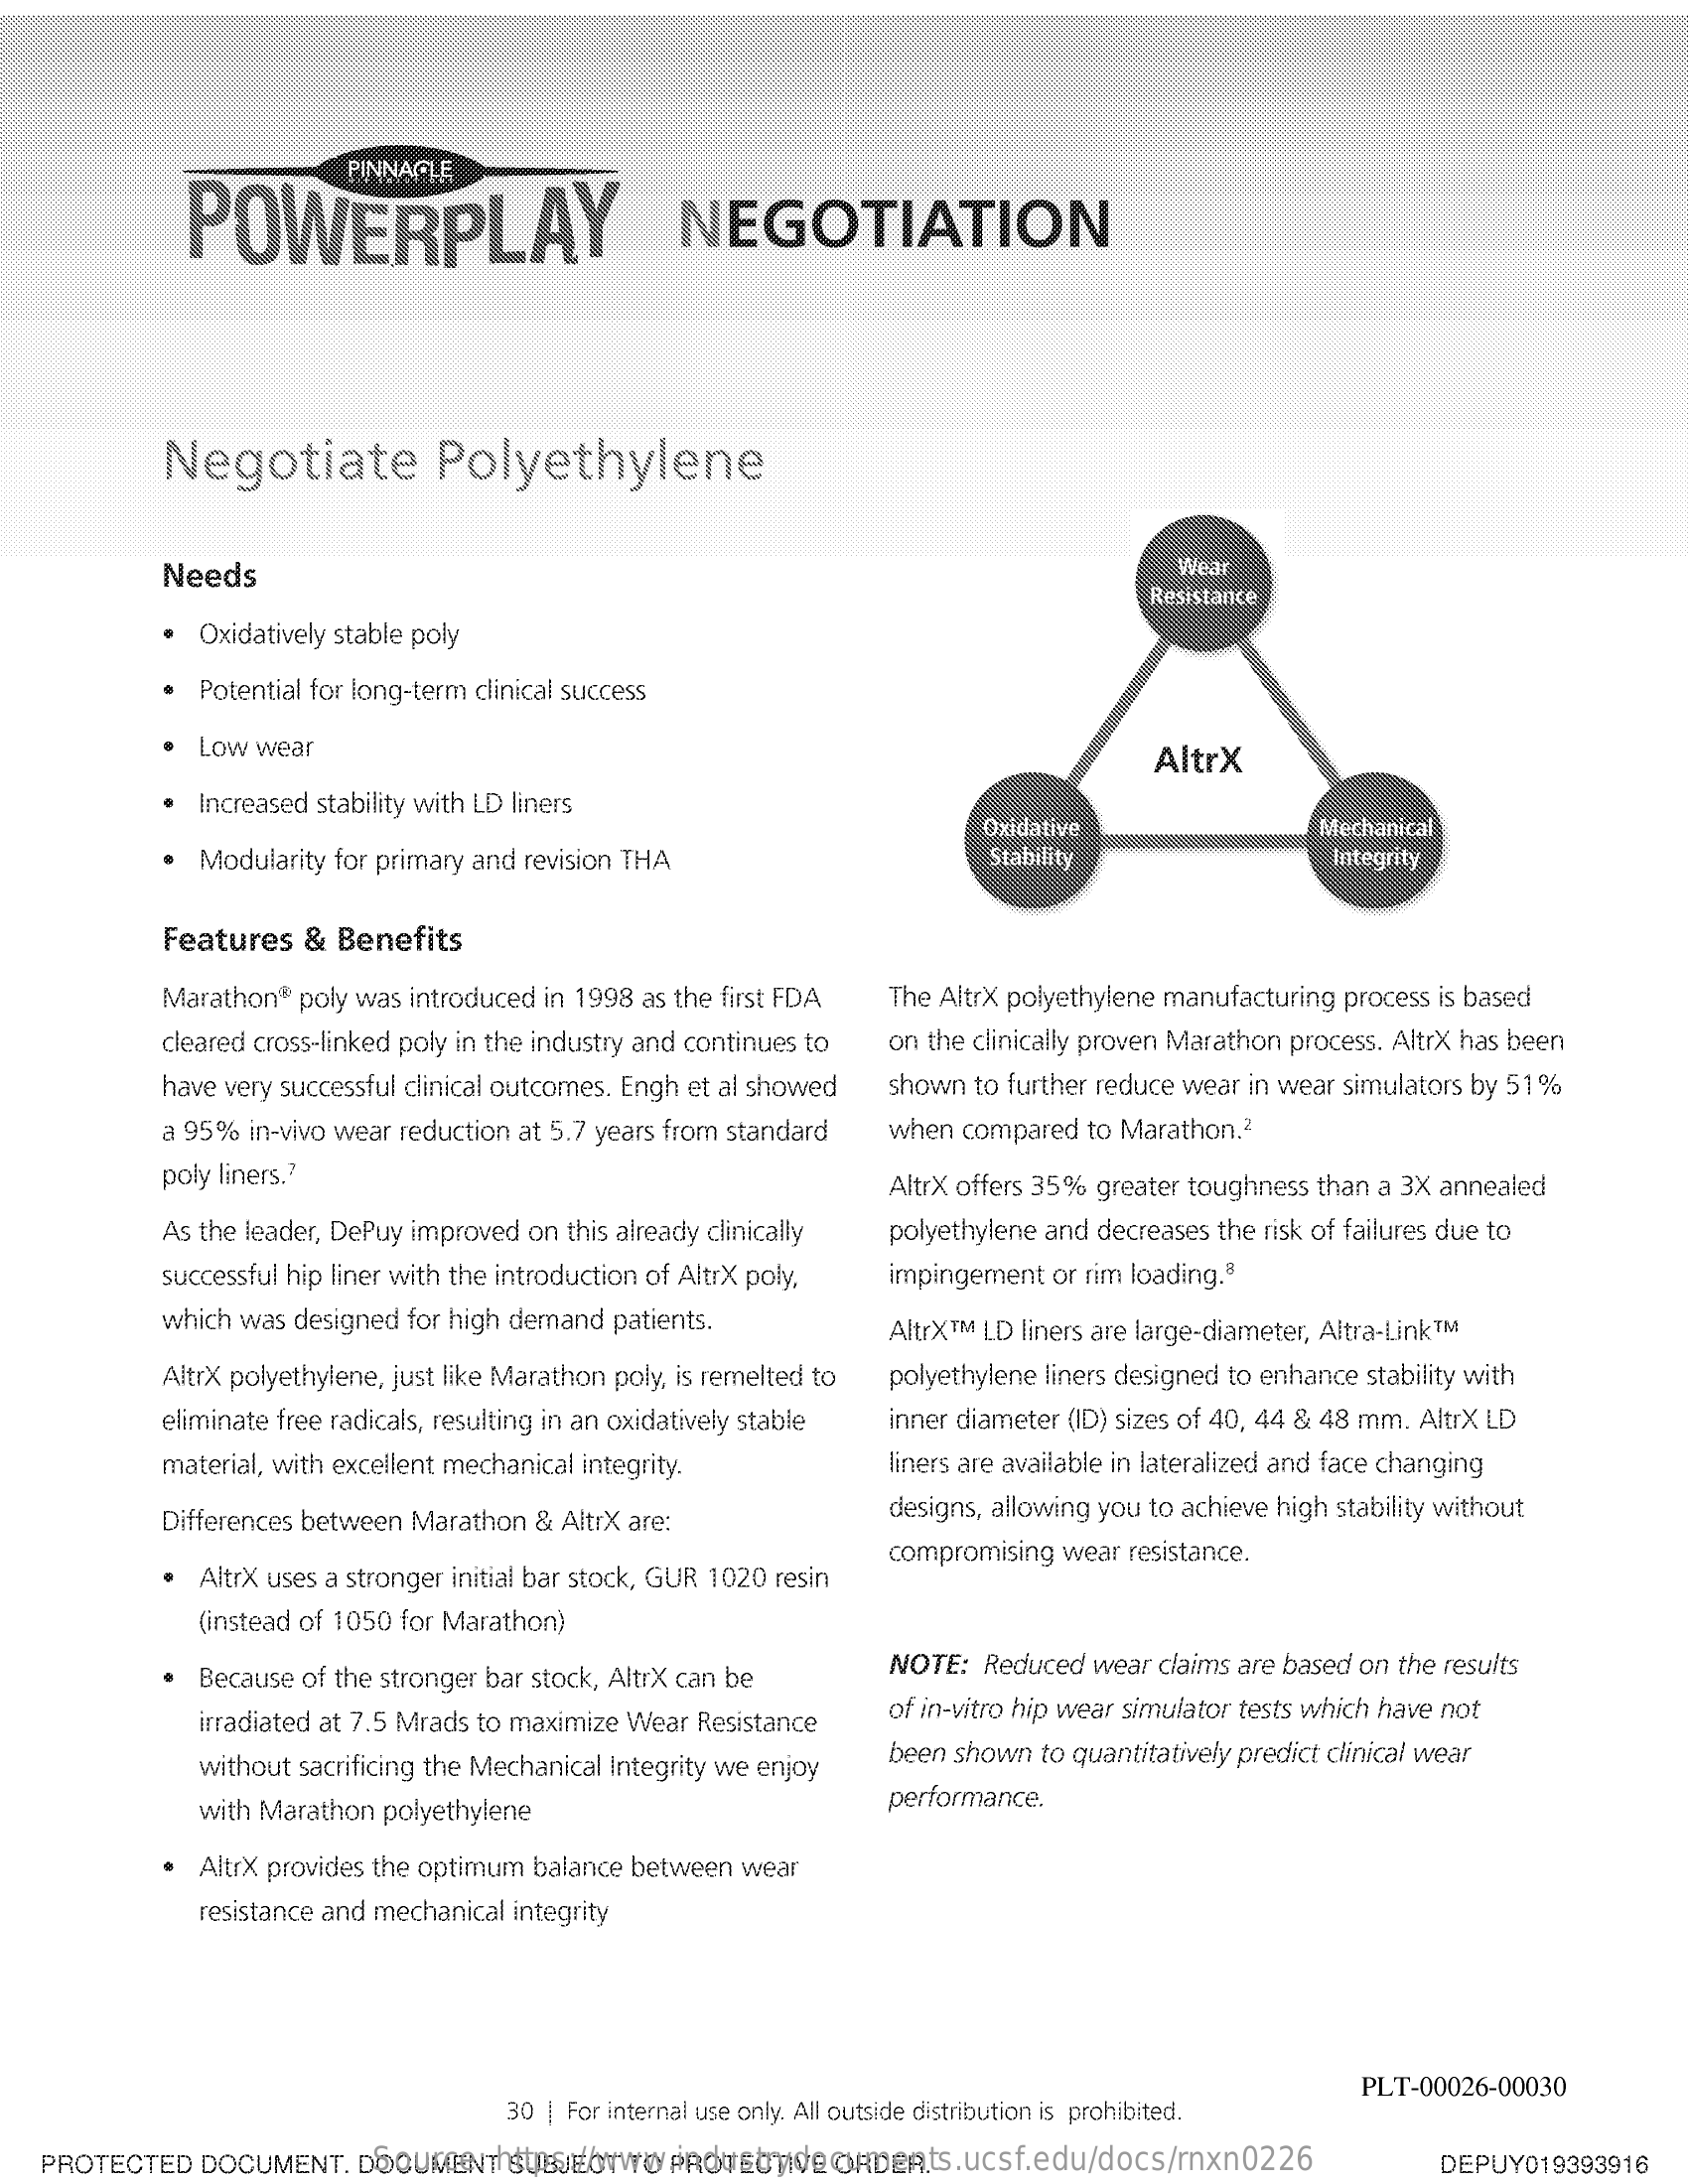
PINNACLE
     POWERPLAY    NEGOTIATION
     Negotiate    Polyethylene
     Needs    Wear
     Resistance
     · Oxidatively stable poly
     Potential for long-term clinical success
     · Low  wear    AltrX
     Increased stability with LD liners
     · Modularity for primary and revision THA
     Oxidative    Mechanical
     Stability    Integrity
     Features  &  Benefits
     Marathon® poly was introduced in 1998 as the first FDA  The AltrX polyethylene manufacturing process is based
     cleared cross-linked poly in the industry and continues to on the clinically proven Marathon process. AltrX has been
     have very successful clinical outcomes. Engh et al showed shown to further reduce wear in wear simulators by 51%
     a 95% in-vivo wear reduction at 5.7 years from standard when compared  to Marathon.2
     poly liners .?    AltrX offers 35% greater toughness than a 3X annealed
     As the leader, DePuy improved on this already clinically polyethylene and decreases the risk of failures due to
     successful hip liner with the introduction of AltrX poly, impingement or rim loading.8
     which was designed for high demand patients.    AltrX ™ M LD liners are large-diameter, Altra-Link ™ M
     AltrX polyethylene, just like Marathon poly, is remelted to polyethylene liners designed to enhance stability with
     eliminate free radicals, resulting in an oxidatively stable inner diameter (ID) sizes of 40, 44 & 48 mm. AltrX LD
     material, with excellent mechanical integrity.    liners are available in lateralized and face changing
     Differences between Marathon & AltrX are:    designs, allowing you to achieve high stability without
     · AltrX uses a stronger initial bar stock, GUR 1020 resin
     compromising wear resistance.
     (instead of 1050 for Marathon)
     Because of the stronger bar stock, AltrX can be    NOTE:  Reduced wear claims are based on the results
     irradiated at 7.5 Mrads to maximize Wear Resistance   of in-vitro hip wear simulator tests which have not
     without sacrificing the Mechanical Integrity we enjoy
     been shown to quantitatively predict clinical wear
     with Marathon polyethylene    performance.
     AltrX provides the optimum balance between wear
     resistance and mechanical integrity
     30 | For internal use only. All outside distribution is prohibited.
     PLT-00026-00030
     Source:   https://www.industrydocuments.ucsf.edu/docs/rnxn0226 PROTECTED DOCUMENT. DOCUMENT SUBJECT TO PROTECTIVE ORDER. DEPUY019393916